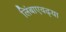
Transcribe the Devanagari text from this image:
लिंबाएवढ्या